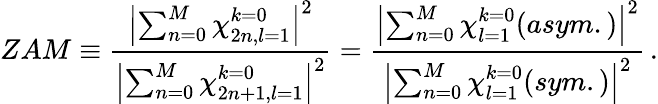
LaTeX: ZAM\equiv\frac{\left|\sum_{n=0}^{M}{\chi_{2n,l=1}^{k=0}}\right|^{2}}{\left|\sum_{n=0}^{M}{\chi_{2n+1,l=1}^{k=0}}\right|^{2}}=\frac{\left|\sum_{n=0}^{M}{\chi_{l=1}^{k=0}(asym.)}\right|^{2}}{\left|\sum_{n=0}^{M}{\chi_{l=1}^{k=0}(sym.)}\right|^{2}}\, .